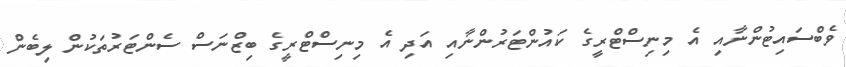
ވެބްސައިޓުންނާއި އެ މިނިސްޓްރީގެ ކައުންޓަރުންނާއި އަދި އެ މިނިސްޓްރީގެ ބިޒްނަސް ސެންޓަރުތަކުން ލިބެން